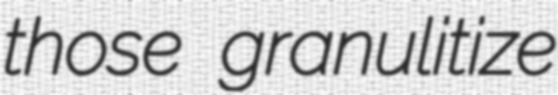
those granulitize